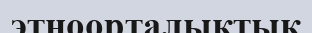
этноорталықтық